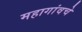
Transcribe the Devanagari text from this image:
महागांवचे